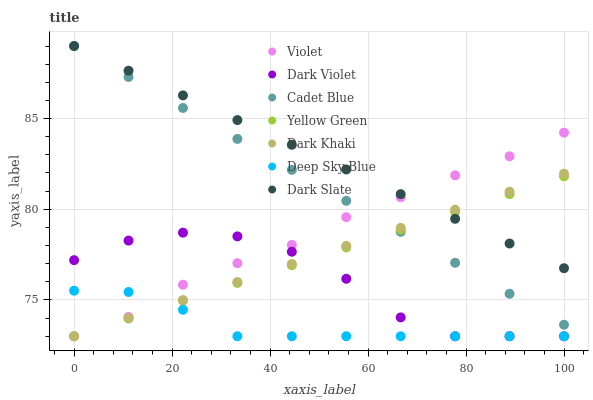
| xaxis_label | Violet | Dark Violet | Cadet Blue | Yellow Green | Dark Khaki | Deep Sky Blue | Dark Slate |
 | --- | --- | --- | --- | --- | --- | --- | --- |
 | 0 | 73 | 77.2 | 89 | 73 | 73 | 75.5 | 89 |
 | 11.1 | 74.1 | 78.3 | 87.3 | 74 | 74 | 75.4 | 87.6 |
 | 22.2 | 75.8 | 78.7 | 85.6 | 75 | 75 | 74.5 | 86.3 |
 | 33.3 | 77 | 78.5 | 83.9 | 75.9 | 76 | 73 | 84.9 |
 | 44.4 | 78 | 77.7 | 82.2 | 76.9 | 77 | 73 | 83.6 |
 | 55.6 | 79.6 | 76.2 | 80.5 | 77.9 | 78 | 73 | 82.2 |
 | 66.7 | 80.7 | 74 | 78.8 | 78.9 | 79 | 73 | 80.8 |
 | 77.8 | 81.9 | 73 | 77 | 79.9 | 80 | 73 | 79.5 |
 | 88.9 | 82.9 | 73 | 75.3 | 80.8 | 81 | 73 | 78.1 |
 | 100 | 84.2 | 73 | 73.6 | 81.8 | 82 | 73 | 76.8 |